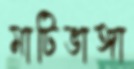
মাটিভাঙ্গা